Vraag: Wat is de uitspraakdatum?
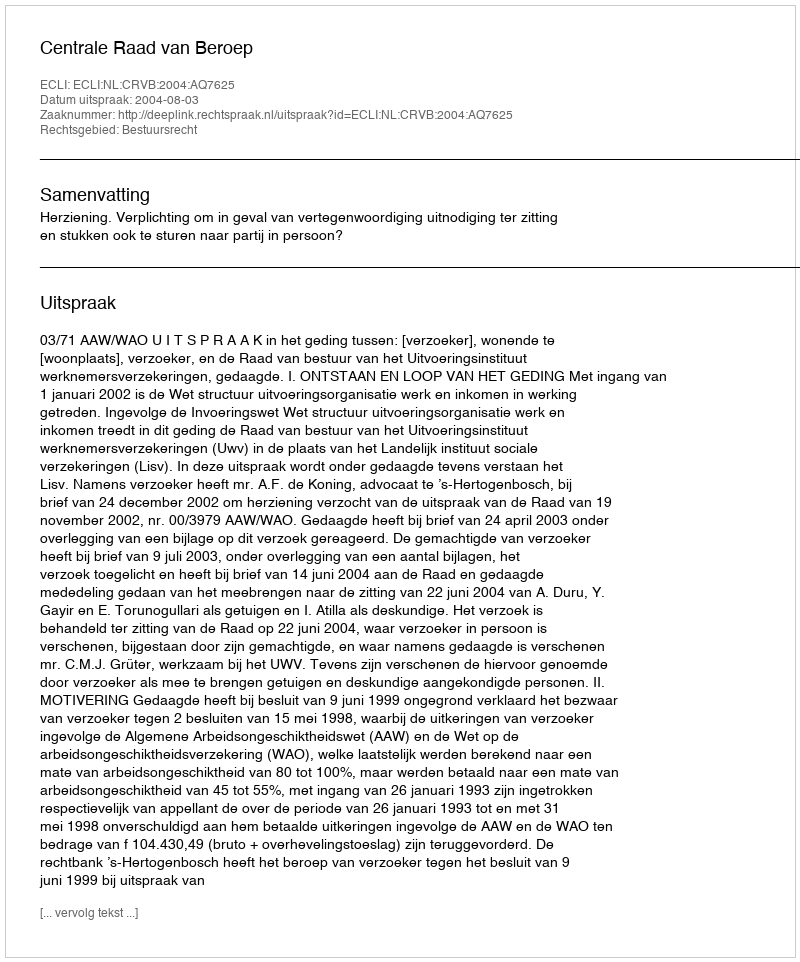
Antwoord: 2004-08-03